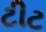
ટીટ